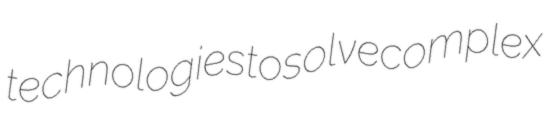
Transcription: technologies to solve complex